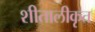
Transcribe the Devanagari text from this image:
शीतालीकृत